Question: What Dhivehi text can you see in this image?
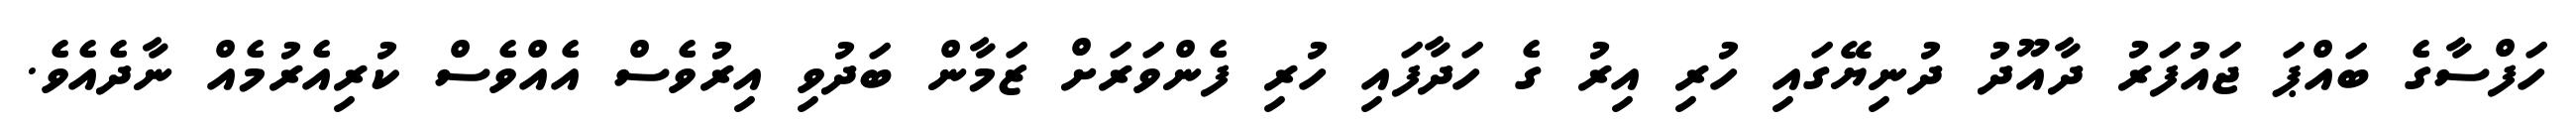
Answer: ހަފްސާގެ ބައްޕަ ޖައުފަރު ދާއޫދު ދުނިޔޭގައި ހުރި އިރު ގެ ހަދާފައި ހުރި ފެންވަރަށް ޒަމާން ބަދުވި އިރުވެސް އެއްވެސް ކުރިއެރުމެއް ނާދެއެވެ.